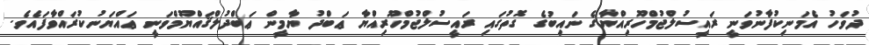
ދުވަހު އެމަނިކުފާނުވަނީ ރައީސުލްޖުމްހޫރިއްޔާގެ ނައިބުގެ ގޮތުގައި ރައީސުލްޖުމްހޫރިއްޔާ ޢަބްދު ޔާމީން ޢަބްދުލްޤައްޔޫމްވަނީ ޢައްޔަނުކުރައްވާފައެވެ.